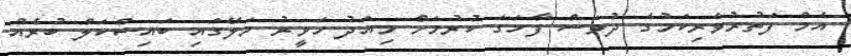
އެމް ފަތުރުވެރިކަމުގެ ދުވަސް ފާހަގަ ކުރުމަށް މިއަދު ހަވީރު މަލޭގައި ބައިސްކަލް ބުރެއް